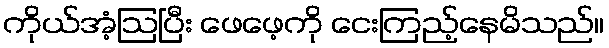
ကိုယ်အံ့ဩပြီး ဖေဖေ့ကို ငေးကြည့်နေမိသည်။